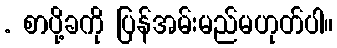
. စာပို့ခကို ပြန်အမ်းမည်မဟုတ်ပါ။